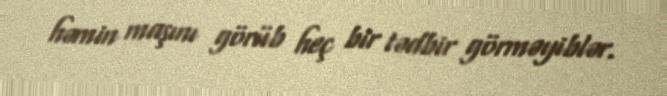
həmin maşını görüb heç bir tədbir görməyiblər.